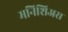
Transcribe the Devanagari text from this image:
मनिशिअस